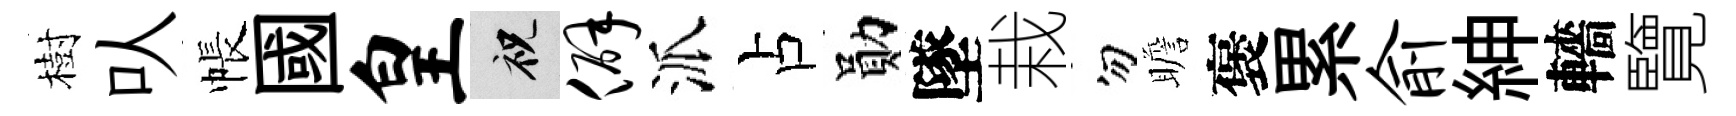
樹㕥帳國皇祝僻派占勛墜栽勿瞻褒累俞紳轖覽